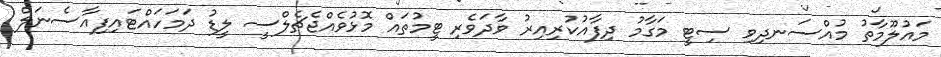
މައުލޫމާތު މުއްސަނދިވި ސިޓީ މަގާމު ދިފާއުކުރިއިރު ވާދަވެރި ޓީމުތައް މޮޅުވެއްޖެޗެލްސީ ލީޑު ދަމަހައްޓައިފިއާސެނަލް